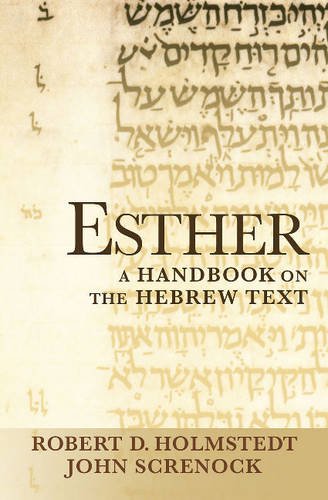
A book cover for Esther: A Handbook on the Hebrew Text (Baylor Handbook of the Hebrew Bible); John Screnock; Reference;